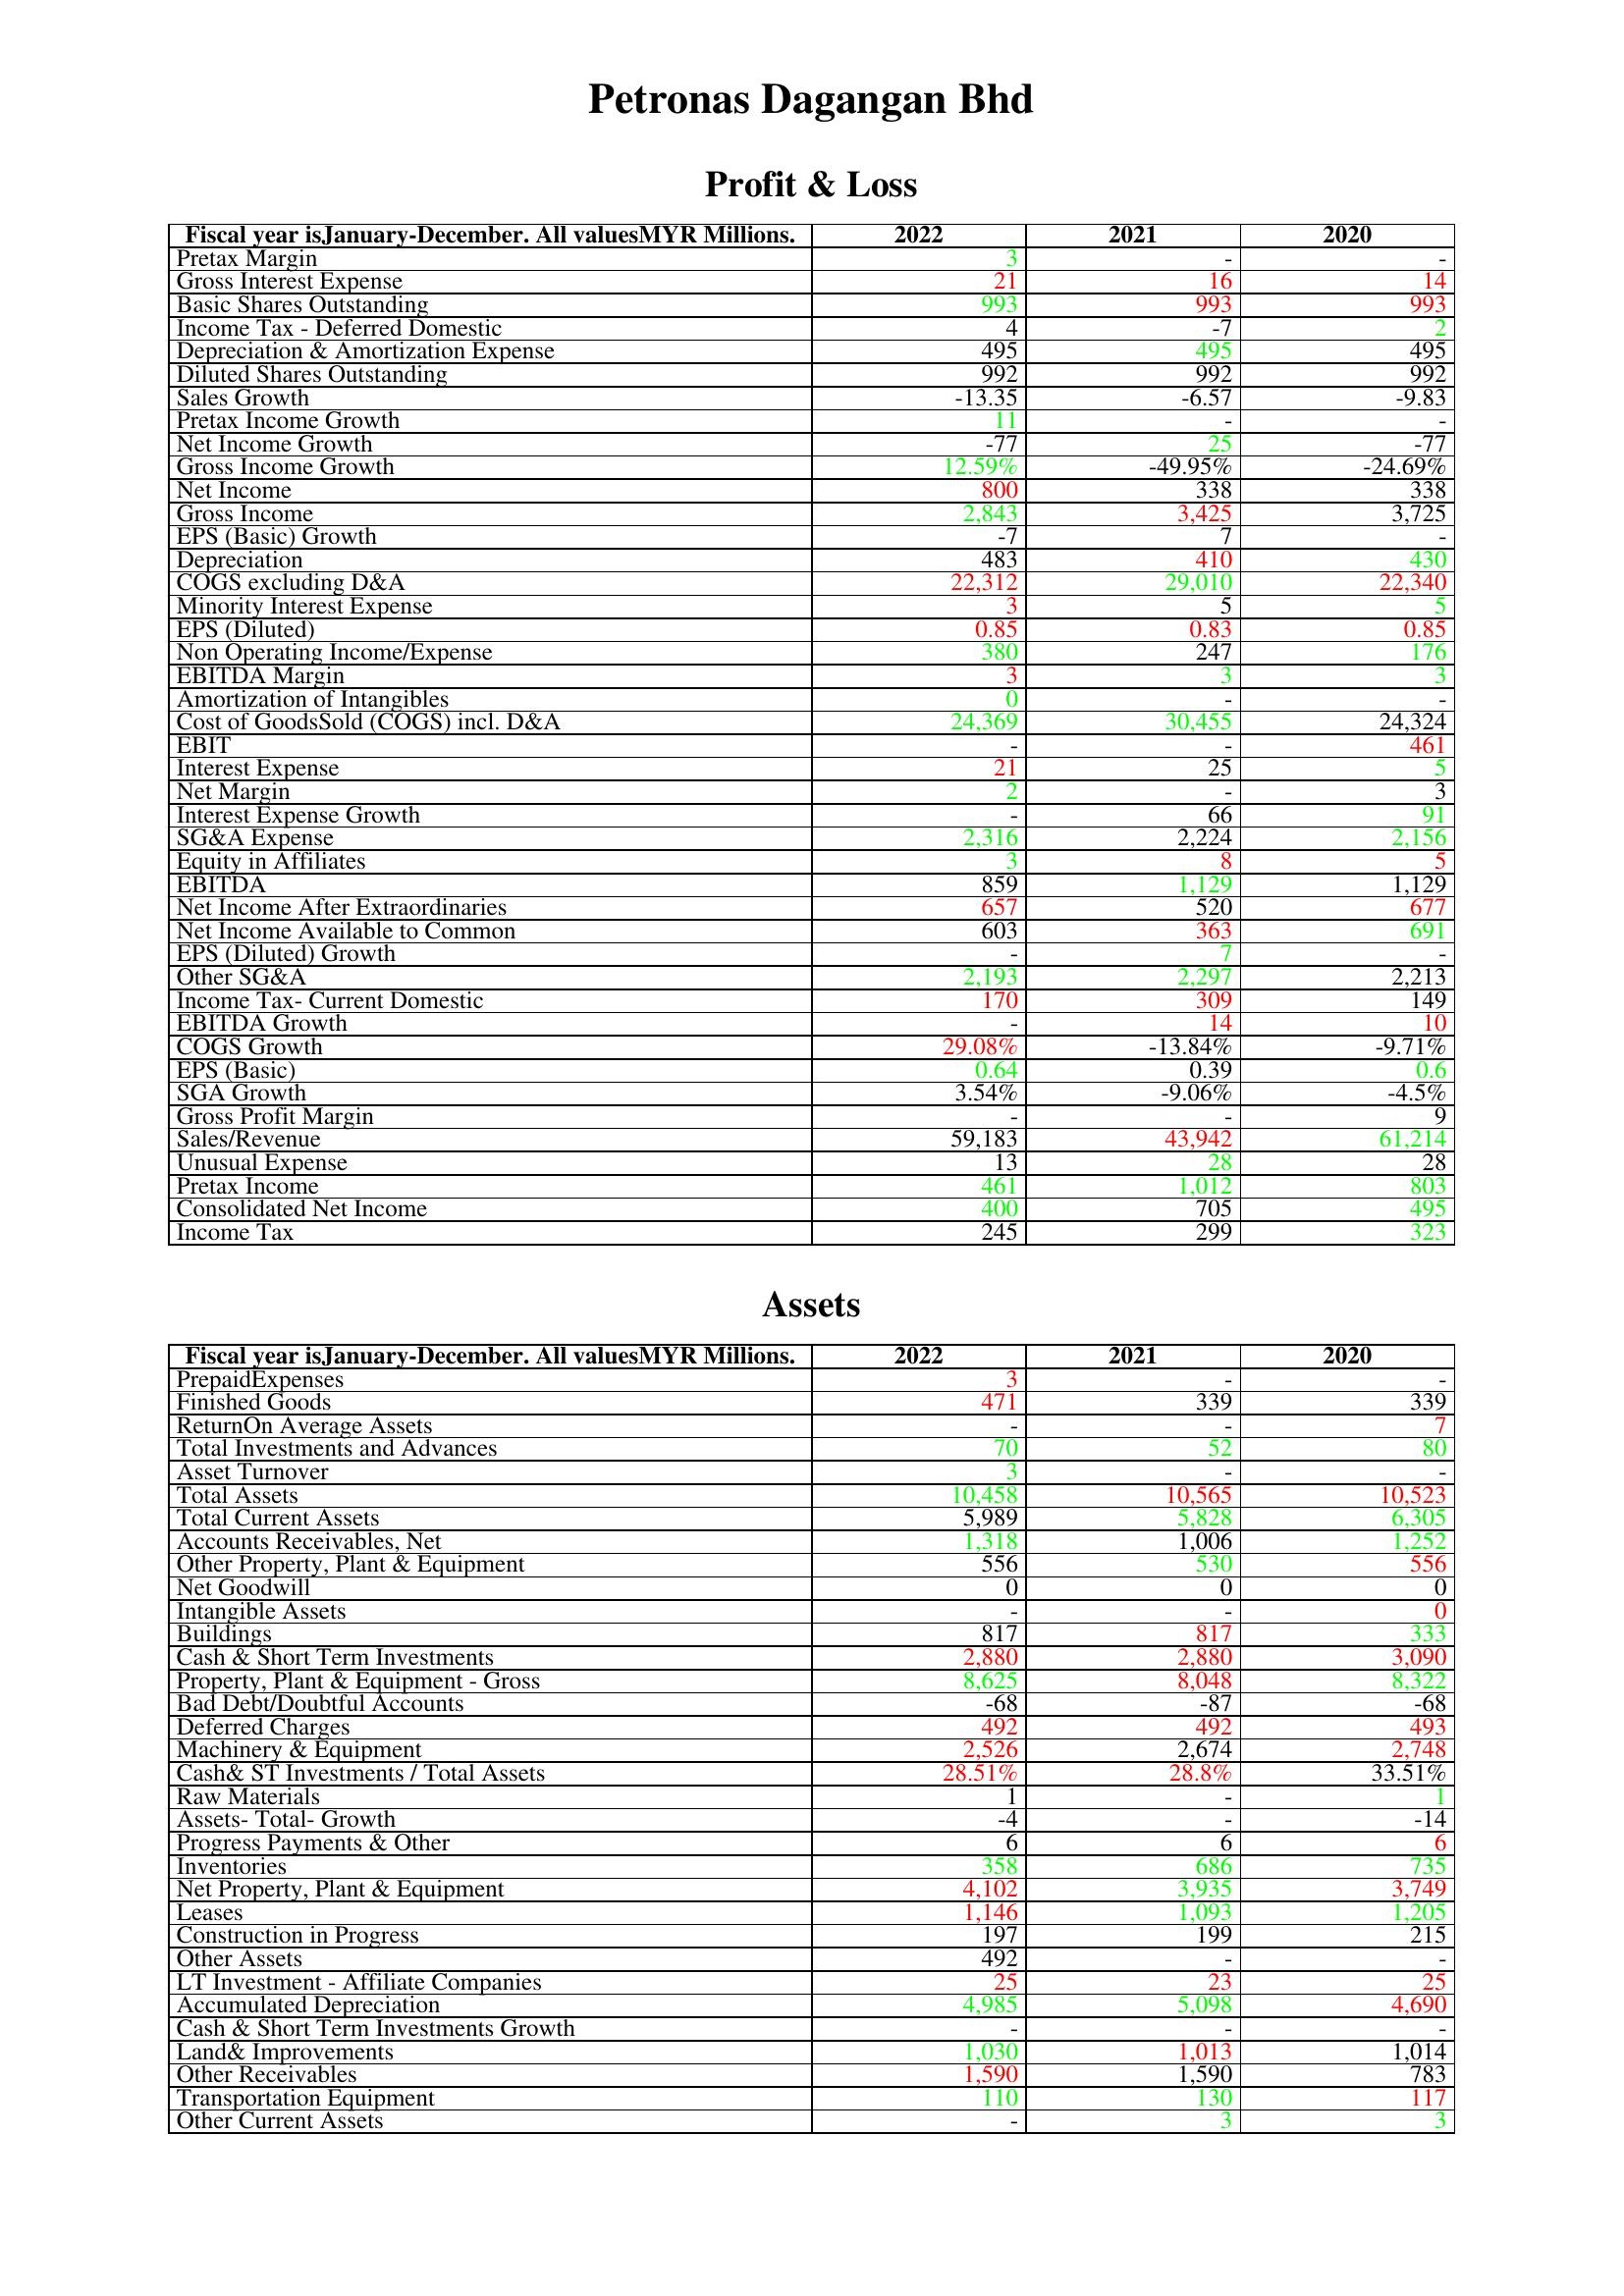
gt_parse: 2022: Profit & Loss: Pretax Margin: 3
Gross Interest Expense: 21
Basic Shares Outstanding: 993
Income Tax - Deferred Domestic: 4
Depreciation & Amortization Expense: 495
Diluted Shares Outstanding: 992
Sales Growth: -13.35
Pretax Income Growth: 11
Net Income Growth: -77
Gross Income Growth: 12.59%
Net Income: 800
Gross Income: 2,843
EPS (Basic) Growth: -7
Depreciation: 483
COGS excluding D&A: 22,312
Minority Interest Expense: 3
EPS (Diluted): 0.85
Non Operating Income/Expense: 380
EBITDA Margin: 3
Amortization of Intangibles: 0
Cost of GoodsSold (COGS) incl. D&A: 24,369
EBIT: -
Interest Expense: 21
Net Margin: 2
Interest Expense Growth: -
SG&A Expense: 2,316
Equity in Affiliates: 3
EBITDA: 859
Net Income After Extraordinaries: 657
Net Income Available to Common: 603
EPS (Diluted) Growth: -
Other SG&A: 2,193
Income Tax- Current Domestic: 170
EBITDA Growth: -
COGS Growth: 29.08%
EPS (Basic): 0.64
SGA Growth: 3.54%
Gross Profit Margin: -
Sales/Revenue: 59,183
Unusual Expense: 13
Pretax Income: 461
Consolidated Net Income: 400
Income Tax: 245
Assets: PrepaidExpenses: 3
Finished Goods: 471
ReturnOn Average Assets: -
Total Investments and Advances: 70
Asset Turnover: 3
Total Assets: 10,458
Total Current Assets: 5,989
Accounts Receivables, Net: 1,318
Other Property, Plant & Equipment: 556
Net Goodwill: 0
Intangible Assets: -
Buildings: 817
Cash & Short Term Investments: 2,880
Property, Plant & Equipment - Gross : 8,625
Bad Debt/Doubtful Accounts: -68
Deferred Charges: 492
Machinery & Equipment: 2,526
Cash& ST Investments / Total Assets: 28.51%
Raw Materials: 1
Assets- Total- Growth: -4
Progress Payments & Other: 6
Inventories: 358
Net Property, Plant & Equipment: 4,102
Leases: 1,146
Construction in Progress: 197
Other Assets: 492
LT Investment - Affiliate Companies: 25
Accumulated Depreciation: 4,985
Cash & Short Term Investments Growth: -
Land& Improvements: 1,030
Other Receivables: 1,590
Transportation Equipment: 110
Other Current Assets: -
2021: Profit & Loss: Pretax Margin: -
Gross Interest Expense: 16
Basic Shares Outstanding: 993
Income Tax - Deferred Domestic: -7
Depreciation & Amortization Expense: 495
Diluted Shares Outstanding: 992
Sales Growth: -6.57
Pretax Income Growth: -
Net Income Growth: 25
Gross Income Growth: -49.95%
Net Income: 338
Gross Income: 3,425
EPS (Basic) Growth: 7
Depreciation: 410
COGS excluding D&A: 29,010
Minority Interest Expense: 5
EPS (Diluted): 0.83
Non Operating Income/Expense: 247
EBITDA Margin: 3
Amortization of Intangibles: -
Cost of GoodsSold (COGS) incl. D&A: 30,455
EBIT: -
Interest Expense: 25
Net Margin: -
Interest Expense Growth: 66
SG&A Expense: 2,224
Equity in Affiliates: 8
EBITDA: 1,129
Net Income After Extraordinaries: 520
Net Income Available to Common: 363
EPS (Diluted) Growth: 7
Other SG&A: 2,297
Income Tax- Current Domestic: 309
EBITDA Growth: 14
COGS Growth: -13.84%
EPS (Basic): 0.39
SGA Growth: -9.06%
Gross Profit Margin: -
Sales/Revenue: 43,942
Unusual Expense: 28
Pretax Income: 1,012
Consolidated Net Income: 705
Income Tax: 299
Assets: PrepaidExpenses: -
Finished Goods: 339
ReturnOn Average Assets: -
Total Investments and Advances: 52
Asset Turnover: -
Total Assets: 10,565
Total Current Assets: 5,828
Accounts Receivables, Net: 1,006
Other Property, Plant & Equipment: 530
Net Goodwill: 0
Intangible Assets: -
Buildings: 817
Cash & Short Term Investments: 2,880
Property, Plant & Equipment - Gross : 8,048
Bad Debt/Doubtful Accounts: -87
Deferred Charges: 492
Machinery & Equipment: 2,674
Cash& ST Investments / Total Assets: 28.8%
Raw Materials: -
Assets- Total- Growth: -
Progress Payments & Other: 6
Inventories: 686
Net Property, Plant & Equipment: 3,935
Leases: 1,093
Construction in Progress: 199
Other Assets: -
LT Investment - Affiliate Companies: 23
Accumulated Depreciation: 5,098
Cash & Short Term Investments Growth: -
Land& Improvements: 1,013
Other Receivables: 1,590
Transportation Equipment: 130
Other Current Assets: 3
2020: Profit & Loss: Pretax Margin: -
Gross Interest Expense: 14
Basic Shares Outstanding: 993
Income Tax - Deferred Domestic: 2
Depreciation & Amortization Expense: 495
Diluted Shares Outstanding: 992
Sales Growth: -9.83
Pretax Income Growth: -
Net Income Growth: -77
Gross Income Growth: -24.69%
Net Income: 338
Gross Income: 3,725
EPS (Basic) Growth: -
Depreciation: 430
COGS excluding D&A: 22,340
Minority Interest Expense: 5
EPS (Diluted): 0.85
Non Operating Income/Expense: 176
EBITDA Margin: 3
Amortization of Intangibles: -
Cost of GoodsSold (COGS) incl. D&A: 24,324
EBIT: 461
Interest Expense: 5
Net Margin: 3
Interest Expense Growth: 91
SG&A Expense: 2,156
Equity in Affiliates: 5
EBITDA: 1,129
Net Income After Extraordinaries: 677
Net Income Available to Common: 691
EPS (Diluted) Growth: -
Other SG&A: 2,213
Income Tax- Current Domestic: 149
EBITDA Growth: 10
COGS Growth: -9.71%
EPS (Basic): 0.6
SGA Growth: -4.5%
Gross Profit Margin: 9
Sales/Revenue: 61,214
Unusual Expense: 28
Pretax Income: 803
Consolidated Net Income: 495
Income Tax: 323
Assets: PrepaidExpenses: -
Finished Goods: 339
ReturnOn Average Assets: 7
Total Investments and Advances: 80
Asset Turnover: -
Total Assets: 10,523
Total Current Assets: 6,305
Accounts Receivables, Net: 1,252
Other Property, Plant & Equipment: 556
Net Goodwill: 0
Intangible Assets: 0
Buildings: 333
Cash & Short Term Investments: 3,090
Property, Plant & Equipment - Gross : 8,322
Bad Debt/Doubtful Accounts: -68
Deferred Charges: 493
Machinery & Equipment: 2,748
Cash& ST Investments / Total Assets: 33.51%
Raw Materials: 1
Assets- Total- Growth: -14
Progress Payments & Other: 6
Inventories: 735
Net Property, Plant & Equipment: 3,749
Leases: 1,205
Construction in Progress: 215
Other Assets: -
LT Investment - Affiliate Companies: 25
Accumulated Depreciation: 4,690
Cash & Short Term Investments Growth: -
Land& Improvements: 1,014
Other Receivables: 783
Transportation Equipment: 117
Other Current Assets: 3